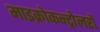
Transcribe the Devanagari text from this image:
माइक्रोकन्ट्रोलरों